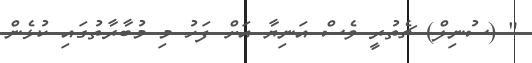
" (ސުނިލް) ޗެތުރީ ވެސް އަނިޔާ އަށް ފަހު މި މުބާރާތުގައި ކުޅެން